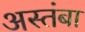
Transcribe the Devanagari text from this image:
अस्तंबा